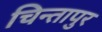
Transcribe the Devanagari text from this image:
चिन्तापुर